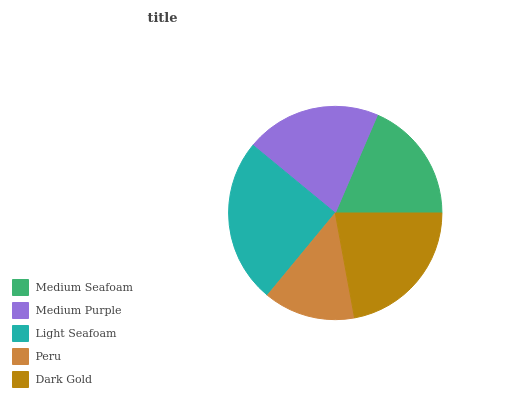
| Medium Seafoam | Medium Purple | Light Seafoam | Peru | Dark Gold |
 | --- | --- | --- | --- | --- |
 | 18.5% | 20.5% | 25% | 13.9% | 22.1% |